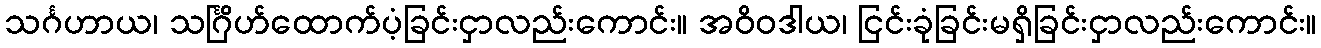
သင်္ဂဟာယ၊ သင်္ဂြိဟ်ထောက်ပံ့ခြင်းငှာလည်းကောင်း။ အဝိဝဒါယ၊ ငြင်းခုံခြင်းမရှိခြင်းငှာလည်းကောင်း။